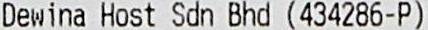
DEWINA HOST SDN BHD (434286-P)